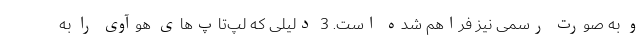
و به صورت رسمی نیز فراهم شده است. 3 دلیلی که لپ‌تاپ‌های هوآوی را به